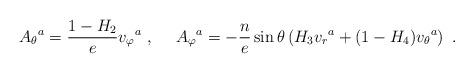
LaTeX: \begin{align*}{A_{\theta}}^a= \frac{1-H_2}{e} {v_{\varphi}}^a\ , \ \ \ \ {A_{\varphi}}^a=- \frac{n}{e}\sin\theta \left(H_3{v_{r}}^a+(1-H_4) {v_{\theta}}^a \right)\ .\end{align*}